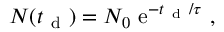
\begin{array} { r } { N ( t _ { \mathrm { ~ d ~ } } ) = N _ { 0 } ~ \mathrm { e } ^ { - t _ { \mathrm { ~ d ~ } } / \tau } ~ , } \end{array}